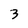
Character: 3